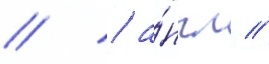
// / а́нгл //